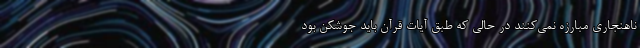
ناهنجاری مبارزه نمی‌کنند در حالی که طبق آیات قرآن باید جوّشکن بود